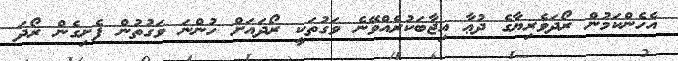
އެހެންކަމުން ރޯދަވެރިޔާގެ ދުޢާ އިޖާބަކުރެއްވޭނެ ވަގުތަކީ ރޯދައަށް ހުންނަ ވަގުތުން ފެށިގެން ރޯދަ